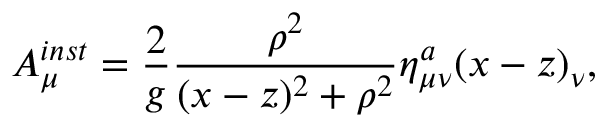
A _ { \mu } ^ { i n s t } = \frac { 2 } { g } \frac { \rho ^ { 2 } } { ( x - z ) ^ { 2 } + \rho ^ { 2 } } \eta _ { \mu \nu } ^ { a } ( x - z ) _ { \nu } ,